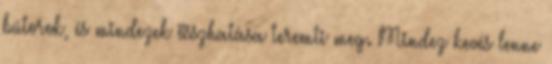
bútorok, és mindezek összhatása teremti meg. Mindez kevés lenne